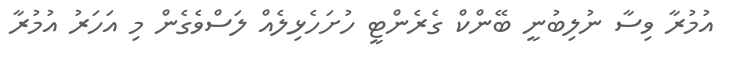
އުމުރާ ވިސާ ނުލިބުނީ ބޭންކް ގެރެންޓީ ހުށަހެޅިލެއް ލަސްވެގެން މި އަހަރު އުމުރާ